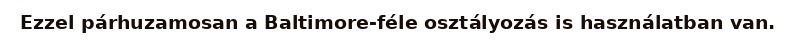
Ezzel párhuzamosan a Baltimore-féle osztályozás is használatban van.